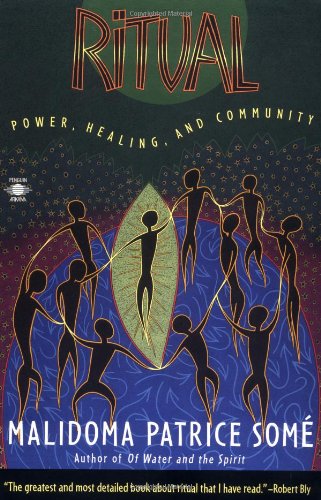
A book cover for Ritual: Power, Healing and Community (Compass); Malidoma Patrice Some; Politics & Social Sciences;